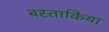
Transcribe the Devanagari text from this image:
बस्ताकिया